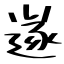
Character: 遂